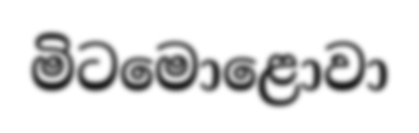
මිටමොළොවා